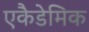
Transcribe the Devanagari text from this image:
एकैडेमिक